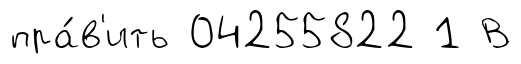
пра́в'ить 04255822 1 В